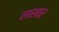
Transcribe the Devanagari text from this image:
साखार